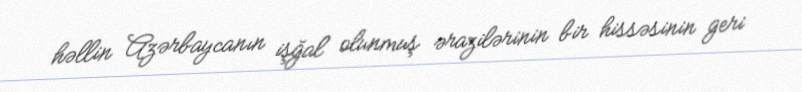
həllin Azərbaycanın işğal olunmuş ərazilərinin bir hissəsinin geri